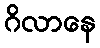
ဂိလာနေ